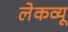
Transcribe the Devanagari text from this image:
लेकव्यू